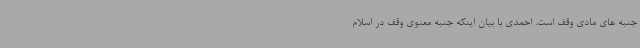
جنبه های مادی وقف است. احمدی با بیان اینکه جنبه معنوی وقف در اسلام